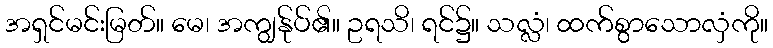
အရှင်မင်းမြတ်။ မေ၊ အကျွန်ုပ်၏။ ဥရသိ၊ ရင်၌။ သလ္လံ၊ ထက်စွာသောလှံကို။